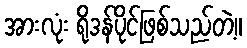
အားလုံး ရိုဒန်ပိုင်ဖြစ်သည်တဲ့။